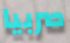
صربيا